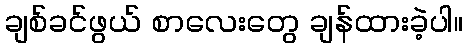
ချစ်ခင်ဖွယ် စာလေးတွေ ချန်ထားခဲ့ပါ။